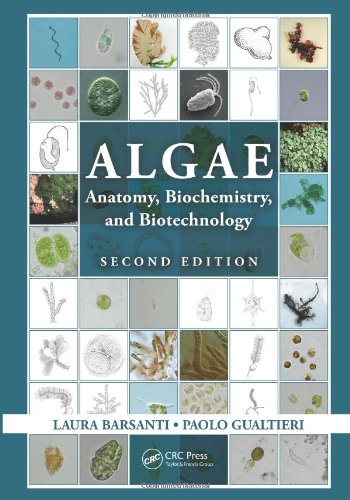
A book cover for Algae: Anatomy, Biochemistry, and Biotechnology, Second Edition; Laura Barsanti; Science & Math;